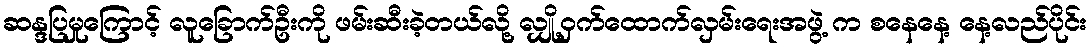
ဆန္ဒပြမှုကြောင့် လူခြောက်ဦးကို ဖမ်းဆီးခဲ့တယ်လို့ လျှို့ဝှက်ထောက်လှမ်းရေးအဖွဲ့ က စနေနေ့ နေ့လည်ပိုင်း